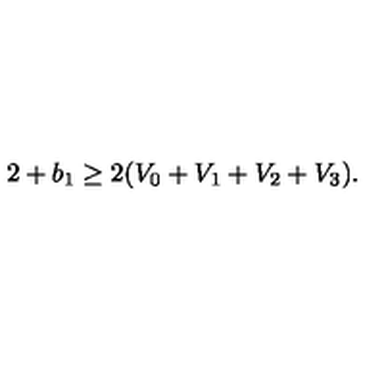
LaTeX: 2 + b _ { 1 } \geq 2 ( V _ { 0 } + V _ { 1 } + V _ { 2 } + V _ { 3 } ) .